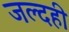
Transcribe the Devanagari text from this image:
जल्‍दही